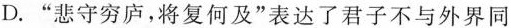
D. ”悲守穷庐，将复何及”表达了君子不与外界同